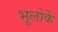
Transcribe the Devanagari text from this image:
भूलोर्के